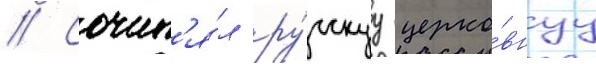
// Сочин'я́л ру́сскуу церко́внуу